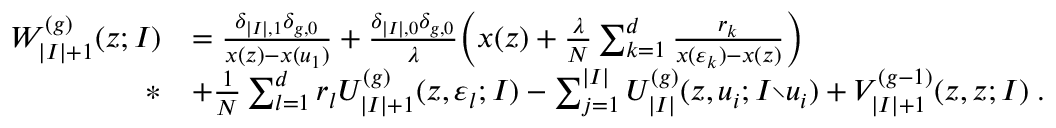
\begin{array} { r l } { W _ { | I | + 1 } ^ { ( g ) } ( z ; I ) } & { = \frac { \delta _ { | I | , 1 } \delta _ { g , 0 } } { x ( z ) - x ( u _ { 1 } ) } + \frac { \delta _ { | I | , 0 } \delta _ { g , 0 } } { \lambda } \Big ( x ( z ) + \frac { \lambda } { N } \sum _ { k = 1 } ^ { d } \frac { r _ { k } } { x ( \varepsilon _ { k } ) - x ( z ) } \Big ) } \\ { * } & { + \frac { 1 } { N } \sum _ { l = 1 } ^ { d } r _ { l } U _ { | I | + 1 } ^ { ( g ) } ( z , \varepsilon _ { l } ; I ) - \sum _ { j = 1 } ^ { | I | } U _ { | I | } ^ { ( g ) } ( z , u _ { i } ; I { \setminus } u _ { i } ) + V _ { | I | + 1 } ^ { ( g - 1 ) } ( z , z ; I ) \; . } \end{array}